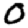
Digit: 0